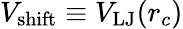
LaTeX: V_{\mathrm{shift}}\equiv V_{\mathrm{LJ}}(r_{c})